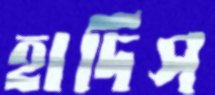
হাদিস